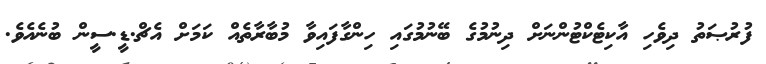
ފުރުޞަތު ދިވެހި އާކިޓެކްޓުންނަށް ދިނުމުގެ ބޭނުމުގައި ހިންގާފައިވާ މުބާރާތެއް ކަމަށް އެޗް.ޑީ.ސީން ބުނެއެވެ.